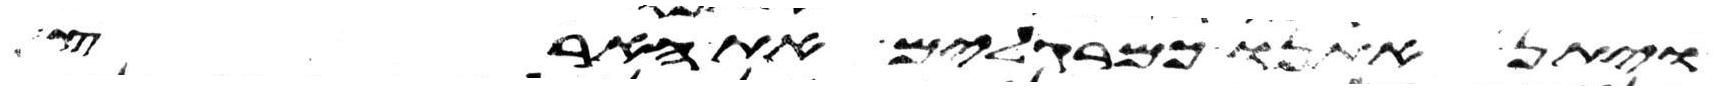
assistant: ויתן אתנו כמרגלים את הארץ